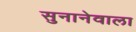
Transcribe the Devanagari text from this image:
सुनानेवाला